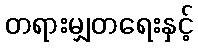
တရားမျှတရေးနှင့်